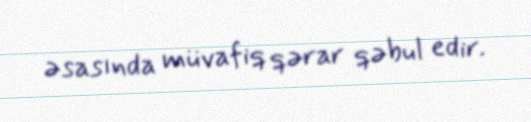
əsasında müvafiq qərar qəbul edir.